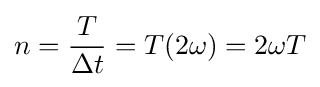
n={\frac {T}{\Delta t}}=T(2\omega )=2\omega T